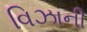
વિઝાની